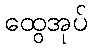
ထွေအုပ်